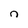
Character: n